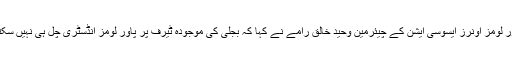
پاور لومز اونرز ایسوسی ایشن کے چیئرمین وحید خالق رامے نے کہا کہ بجلی کی موجودہ ٹیرف پر پاور لومز انڈسٹری چل ہی نہیں سکتی۔